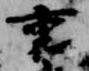
裏